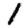
Digit: 1